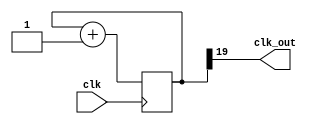
`timescale 1ns / 1ps
//////////////////////////////////////////////////////////////////////////////////
// Company: 
// Engineer: 
// 
// Design Name: 
// Module Name: clk_div
// Project Name: 
// Target Devices: 
// Tool Versions: 
// Description: 
// 
// Dependencies: 
// 
// Revision:
// Revision 0.01 - File Created
// Additional Comments:
// 
//////////////////////////////////////////////////////////////////////////////////


module clk_div(
    input clk,
    
   // input reset,
    output clk_out  
    );




    
    //  reg[1:0] COUNT; 
        
            reg [19:0] COUNT; 
            assign clk_out = COUNT[19];
            
       //    assign clk_out = COUNT[1];  
          
            always @(posedge clk)
            begin
         //   if(reset)
           //     COUNT = 0;
            //else
                COUNT = COUNT + 1; 
            end
         
    endmodule